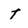
Character: t